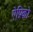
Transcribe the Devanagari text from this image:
ऐप्रिको